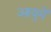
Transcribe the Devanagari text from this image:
आयुमें